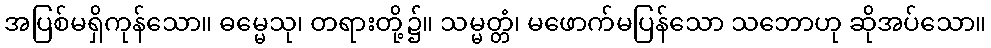
အပြစ်မရှိကုန်သော။ ဓမ္မေသု၊ တရားတို့၌။ သမ္မတ္တံ၊ မဖောက်မပြန်သော သဘောဟု ဆိုအပ်သော။